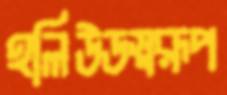
হলিউডস্বরূপ